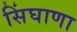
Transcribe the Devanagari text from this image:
सिंघाणा